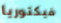
فيكتوريا